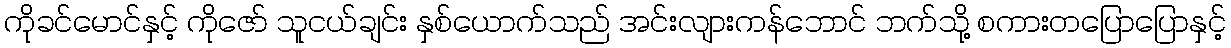
ကိုခင်မောင်နှင့် ကိုဇော် သူငယ်ချင်း နှစ်ယောက်သည် အင်းလျားကန်ဘောင် ဘက်သို့ စကားတပြောပြောနှင့်